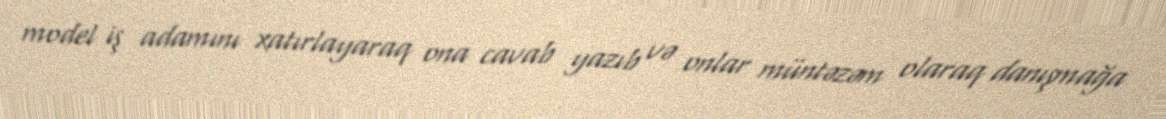
model iş adamını xatırlayaraq ona cavab yazıb və onlar müntəzəm olaraq danışmağa